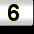
Digit: 6